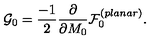
{ \cal G } _ { 0 } = \frac { - 1 } { 2 } \frac { \partial } { \partial M _ { 0 } } { \cal F } _ { 0 } ^ { ( p l a n a r ) } .